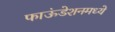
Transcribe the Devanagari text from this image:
फाऊंडेशनमध्ये